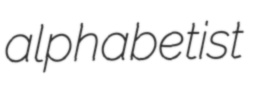
alphabetist